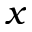
x